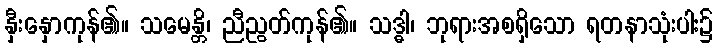
နှီးနှောကုန်၏။ သမေန္တိ၊ ညီညွတ်ကုန်၏။ သဒ္ဓါ၊ ဘုရားအစရှိသော ရတနာသုံးပါး၌